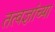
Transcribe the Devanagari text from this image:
तत्वज्ञांच्या